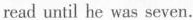
read until he was seven.